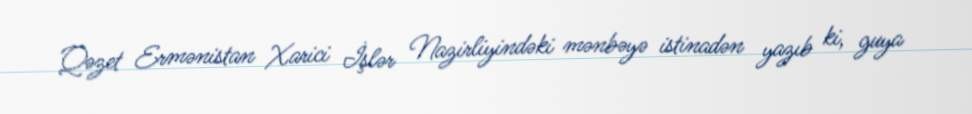
Qəzet Ermənistan Xarici İşlər Nazirliyindəki mənbəyə istinadən yazıb ki, guya